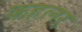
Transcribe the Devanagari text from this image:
कहलर